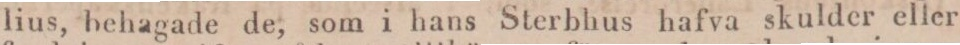
varda derföre härmedelst underrättade, att arf dem tillfallit,